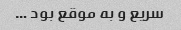
سریع و به موقع بود …